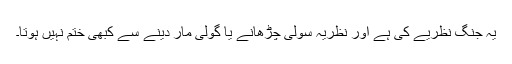
یہ جنگ نظریے کی ہے اور نظریہ سولی چڑھانے یا گولی مار دینے سے کبھی ختم نہیں ہوتا۔